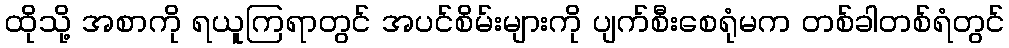
ထိုသို့ အစာကို ရယူကြရာတွင် အပင်စိမ်းများကို ပျက်စီးစေရုံမက တစ်ခါတစ်ရံတွင်